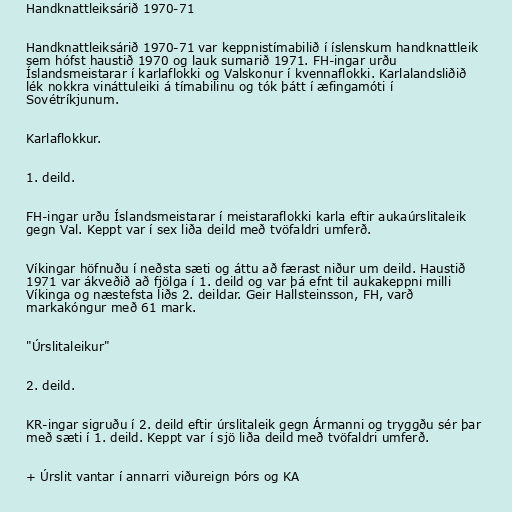
Handknattleiksárið 1970-71

Handknattleiksárið 1970-71 var keppnistímabilið í íslenskum handknattleik
sem hófst haustið 1970 og lauk sumarið 1971. FH-ingar urðu
Íslandsmeistarar í karlaflokki og Valskonur í kvennaflokki. Karlalandsliðið
lék nokkra vináttuleiki á tímabilinu og tók þátt í æfingamóti í
Sovétríkjunum.

Karlaflokkur.

1. deild.

FH-ingar urðu Íslandsmeistarar í meistaraflokki karla eftir aukaúrslitaleik
gegn Val. Keppt var í sex liða deild með tvöfaldri umferð.

Víkingar höfnuðu í neðsta sæti og áttu að færast niður um deild. Haustið
1971 var ákveðið að fjölga í 1. deild og var þá efnt til aukakeppni milli
Víkinga og næstefsta liðs 2. deildar. Geir Hallsteinsson, FH, varð
markakóngur með 61 mark.

"Úrslitaleikur"

2. deild.

KR-ingar sigruðu í 2. deild eftir úrslitaleik gegn Ármanni og tryggðu sér þar
með sæti í 1. deild. Keppt var í sjö liða deild með tvöfaldri umferð.

+ Úrslit vantar í annarri viðureign Þórs og KA